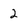
Character: 2